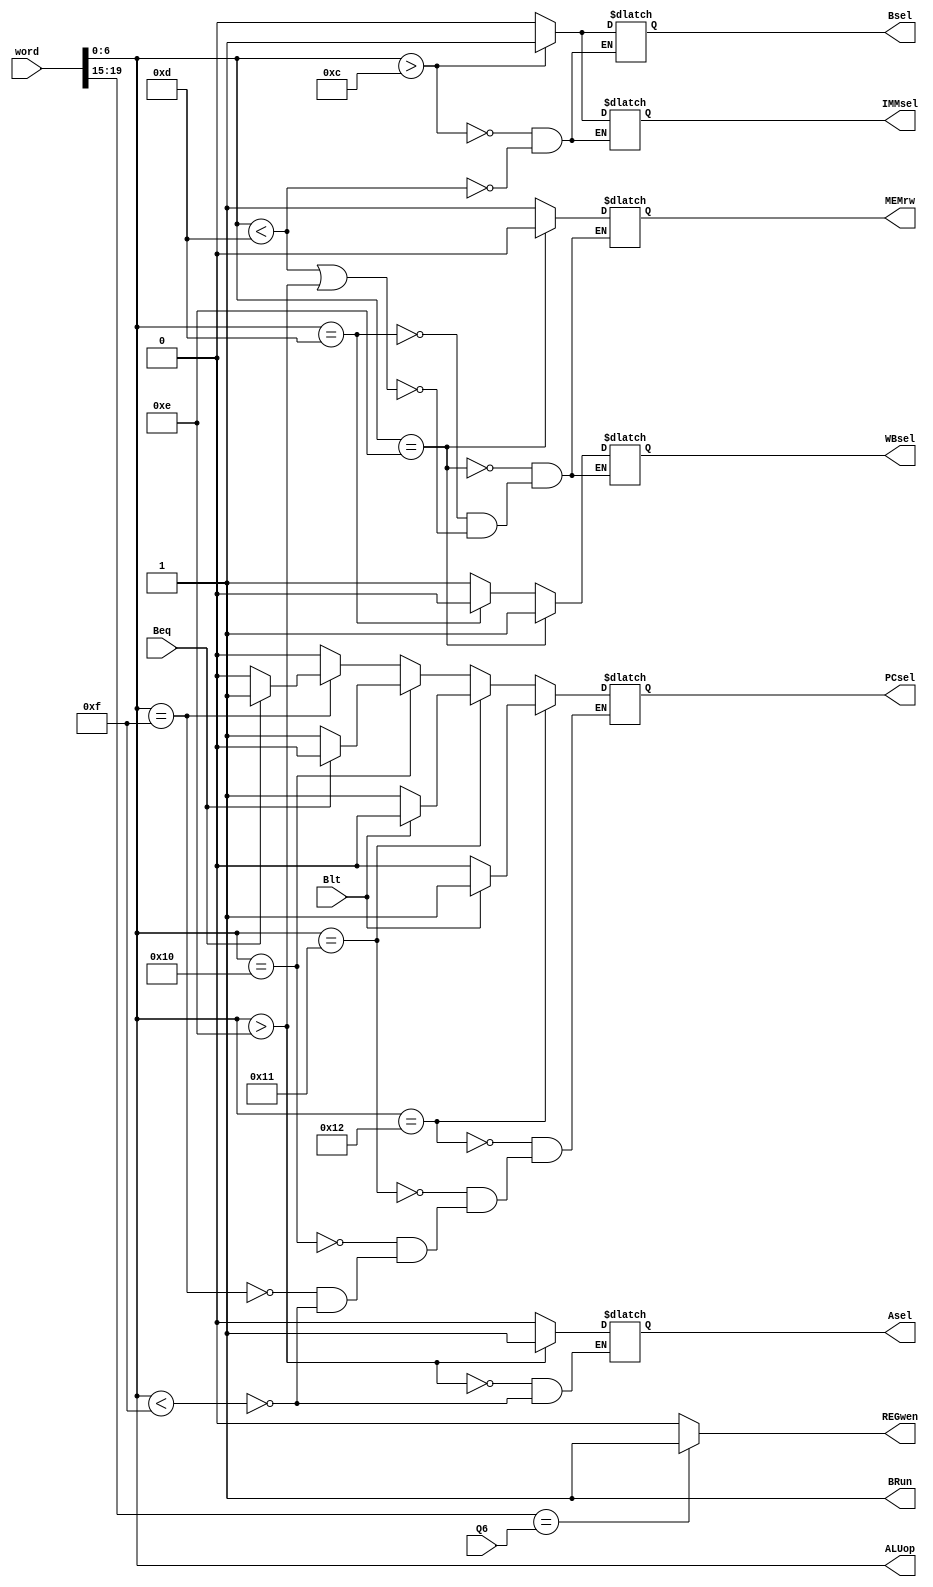
module CU(word, Bsel, Asel, PCsel, REGwen, IMMsel, BRun, ALUop, WBsel, MEMrw, Q6, Beq, Blt);

	input [31:0] word;
	input Beq, Blt;
	input [4:0] Q6;
	output reg [6:0] ALUop;
	output reg Bsel, Asel, PCsel, REGwen, IMMsel, BRun, WBsel, MEMrw;
	
	always @(*) begin
		
		if (word[6:0] < 7'b0001101) begin
		
			IMMsel <= 1'b0;
			Bsel <= 1'b0;
		
		end
		
		if (word[6:0] > 7'b0001100) begin//I-Type instructions all have an opcode value larger than all the R-Type instructions in our system
		
			IMMsel <= 1'b1;
			Bsel <= 1'b1;
		
		end
		
		
		
		
		
		
		if (word[6:0] < 7'b0001111) begin//I made LW and SW have the opcode 0001101 and 0001110
		
			Asel <= 1'b0; //Asel is 1 for branch
		
		end
		
		if (word[6:0] > 7'b0001110) begin//I made LW and SW have the opcode 0001101 and 0001110
		
			Asel <= 1'b1; //Asel is 1 for branch
		
		end
		
		
		
		
		
		
		
		
		
		BRun <= 1'b1; //Always comparing unsigned #s?
		
		
		
		
		
		
		
		
		
		ALUop <= word[6:0]; //opcode is 7 LSBs of the instruction word
		
		
		
		
		
		
		
		if ((word[6:0] < 7'b0001101) || (word[6:0] > 7'b0001110)) begin//for all non LW/SW instructions
		
		MEMrw <= 1'b1; // Read from memory so we don't overwrite
		WBsel <= 1'b1; //Choose ALU value
		
		end
		
		
		if (word[6:0] == 7'b0001101) begin
		
			MEMrw <= 1'b1; //If instruction is LW, we read from the memory
			WBsel <= 1'b0; //Choose to write back memory value
		
		end
		
		
		if (word[6:0] == 7'b0001110) begin//Write for LW
		
			MEMrw <= 1'b0; //Write to memory
			WBsel <= 1'b1; //Don't care, ALU won't take write back
		
		end
		
		
		
		
		
		
		
		
		if (word[6:0] < 7'b0001111) begin//For any instruction besides branching
		
			PCsel <= 1'b0;
			
		end
		
		
		if (word[6:0] == 7'b0001111) begin//Beq definition for PCsel
		
			if (Beq == 1'b1) begin
			
				PCsel <= 1'b1;
				
			end 
			
			else begin
				
				PCsel <= 1'b0;
				
			end
		
		end
		
		
		if (word[6:0] == 7'b0010000) begin//Bne definition for PCsel
		
			if (Beq != 1'b1) begin
			
				PCsel <= 1'b1;
			
			end
			
			else begin
				
				PCsel <= 1'b0;
			
			end
		
		end
		
		
		if (word[6:0] == 7'b0010001) begin//Bge definition for PCsel
		
			if (Blt == 1'b0) begin
			
				PCsel <= 1'b1;
				
			end
			
			else begin
				
				PCsel <= 1'b0;
				
			end
		
		end
		
		
		
		if (word[6:0] == 7'b0010010) begin//Blt definition for PCsel
		
			if (Blt == 1'b1) begin
				
				PCsel <= 1'b1;
				
			end
			
			else begin
			
				PCsel <= 1'b0;
			
			end
		
		end
		
		
		
		
		
		
		
		if (word[19:15] == Q6) begin
			
			REGwen <= 1'b1;
			
		end
		
		else begin
		
			REGwen <= 1'b0;
			
		end
		
		
	end
	
endmodule